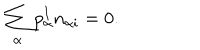
\sum _ { \alpha } p _ { \alpha } ^ { I } n _ { \alpha i } = 0 .